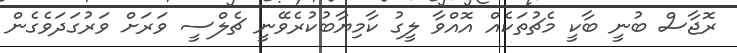
ރޮޖާސް ބުނީ ބާކީ މެޗުތަކެއް އޮއްވާ ލީގު ކާމިޔާބުކުރެވޭނީ ޗެލްސީ ވަރަށް ވަރުގަދަވެގެން